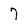
Character: 7